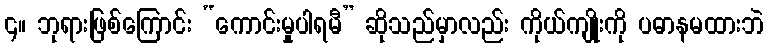
၄။ ဘုရားဖြစ်ကြောင်း “ကောင်းမှုပါရမီ” ဆိုသည်မှာလည်း ကိုယ်ကျိုးကို ပဓာနမထားဘဲ